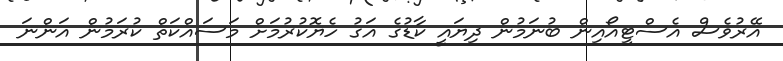
އޭރުވެސް އެސްޓީއޯއިން ބުނަމުން ދިޔައީ ކާޑުގެ އަގު ހެޔޮކުރުމަށް މަސައްކަތް ކުރަމުން އަންނަ